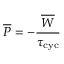
\overline { { P } } = - \frac { \overline { { W } } } { \tau _ { \mathrm { c y c } } }